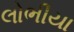
લોભીયા